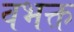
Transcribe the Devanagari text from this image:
वभक्त